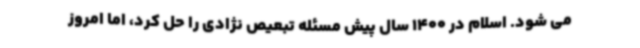
می شود. اسلام در 1400 سال پیش مسئله تبعیص نژادی را حل کرد، اما امروز